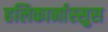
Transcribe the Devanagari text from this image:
हलिकार्नास्सुस